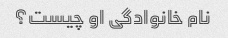
نام خانوادگی او چیست؟